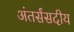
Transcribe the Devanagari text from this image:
अंतर्संसदीय